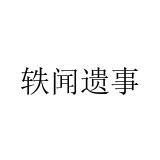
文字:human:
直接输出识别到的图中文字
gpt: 轶闻遗事